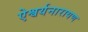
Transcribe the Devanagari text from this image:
ऐश्वर्यनारायण